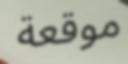
موقعة